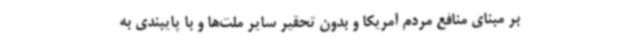
بر مبنای منافع مردم آمریکا و بدون تحقیر سایر ملت‌ها و با پایبندی به